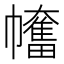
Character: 𢅯